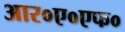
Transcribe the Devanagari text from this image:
आर०ए०एफ०